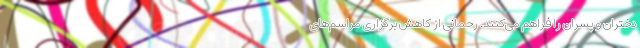
دختران و پسران را فراهم می‌کنند. رحمانی از کاهش برگزاری مراسم‌های